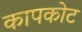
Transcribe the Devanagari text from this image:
कापकोट